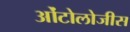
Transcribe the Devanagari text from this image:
ओंटोलोजीस